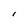
Character: l